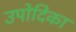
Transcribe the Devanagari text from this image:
उपोदिका